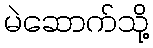
မဲဆောက်သို့